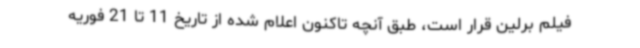
فیلم برلین قرار است، طبق آنچه تاکنون اعلام شده از تاریخ 11 تا 21 فوریه